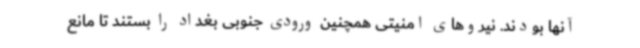
آنها بودند. نیروهای امنیتی همچنین ورودی جنوبی بغداد را بستند تا مانع